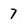
Character: 7